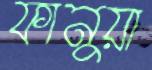
ফানুয়া